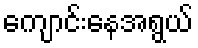
ကျောင်းနေအရွယ်